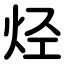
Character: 烃